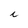
Character: i